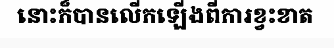
នោះក៏បានលើកឡើងពីការខ្វះខាត